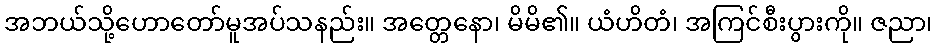
အဘယ်သို့ဟောတော်မူအပ်သနည်း။ အတ္တေနော၊ မိမိ၏။ ယံဟိတံ၊ အကြင်စီးပွားကို။ ဇညာ၊